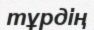
тұрдің